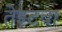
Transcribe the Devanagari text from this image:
तेइटचा